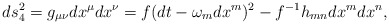
\begin{align*}ds_4^2 = g_{\mu \nu}dx^{\mu}dx^{\nu} = f(dt - \omega _mdx^m)^2 -f^{-1}h_{mn}dx^mdx^n,\end{align*}